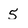
Character: 5